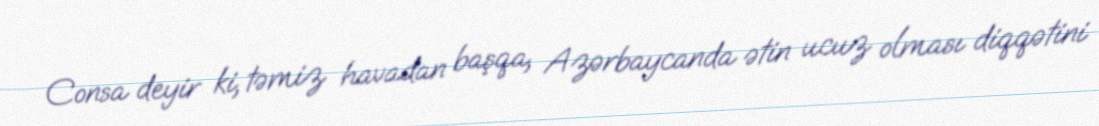
Consa deyir ki, təmiz havadan başqa, Azərbaycanda ətin ucuz olması diqqətini